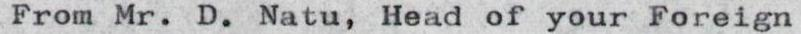
From Mr. D. Natu, Head of your Foreign